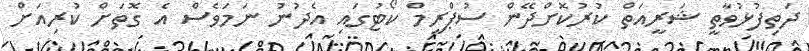
ދަތިފުޅުވާތީ ޝަރީއަތް ކުރުކޮށްދޭން ސުޕްރީމް ކޯޓުގައި އެދުނު ނަމަވެސް އެ ގޮތަށް ކުރިއަށް